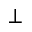
^ \perp